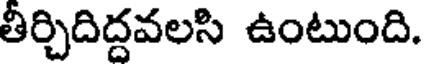
తిర్చిదిద్దవలసి ఉంటుంది.